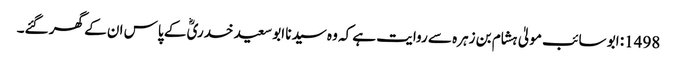
1498: ابو سائب مولیٰ ہشام بن زہرہ سے روایت ہے کہ وہ سیدنا ابو سعید خدریؓ کے پاس ان کے گھر گئے۔